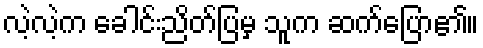
လဲ့လဲ့က ခေါင်းညိတ်ပြမှ သူက ဆက်ပြော၏။